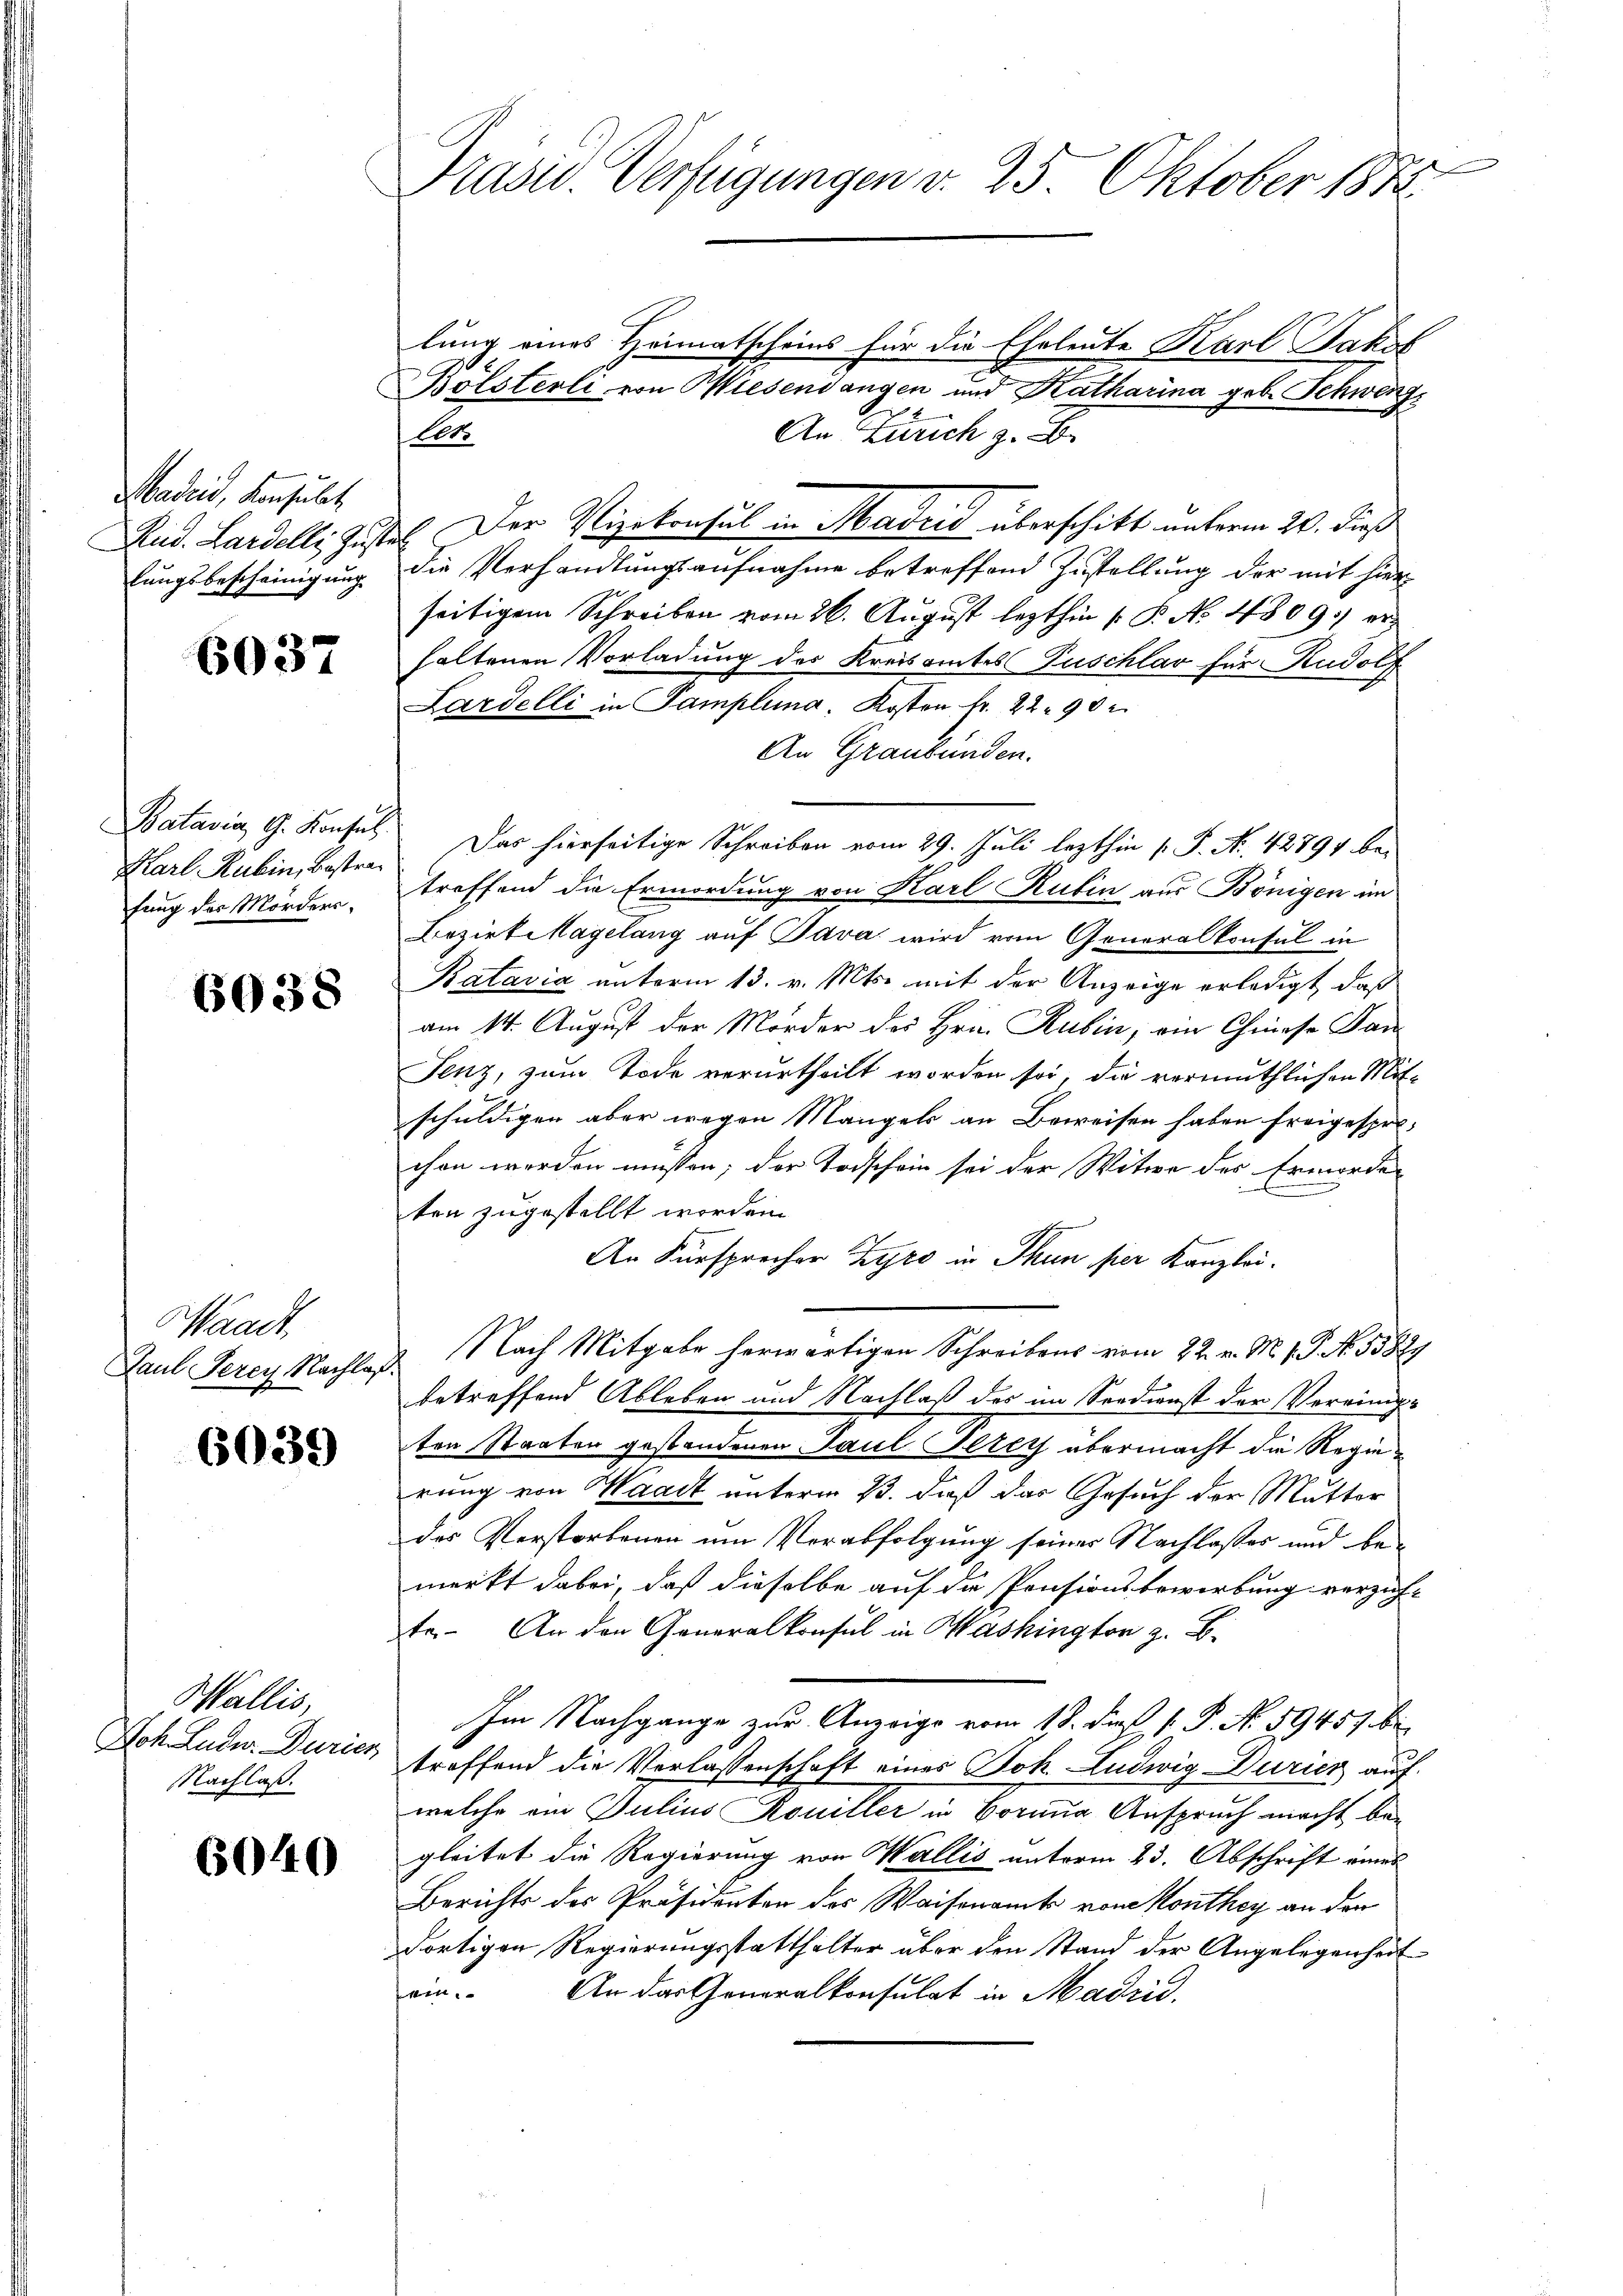
Madrid, Konsulat
Rud. Lardelli Zust
lungsbescheinigung

6037

Batavia, G. Konsul
Karl Rubin, Bestrafung des Morders¬

6038

aadt
Paul Perey Nachlaß

6039

Wallis,
Joh. Ludw. Durich
Nachlaß.

6040

Präsid. Verfügungen v. 25. Oktober 1882

lung eines Heimatscheins für die Eheleute Karl Sakof
Bölsterli von Wiesendangen und Katharina geb. Schweiz
An Zürich z. B.
llt.
E. Der Vizekonsul in Madrid überschikt unterm 20. dieß
die Verhandlungsaufnahme betreffend Zustellung der mit hierseitigem Schreiben vom 26. August lezthin 1. P. No. 4809 er
haltenen Vorladung des Kreisamtes Puschlav für Rudolf
Lardelli in Samplung, Kosten fr. 22. 90
An Graubünden.
Das hierseitige Schreiben vom 29. Juli lezthin 1 S. Nr. 42894 be-
treffend die Ermordung von Karl Rubin aus Bönigen im
Bezirkshagelang auf Java wird vom Generalkonsul in
Batavia unterm 13. v. Mts. mit der Anzeige erledigt, daß
am 14. August der Mörder des Hrn. Rubin, ein Chiese San
Jenz, zum Tode verurtheilt worden sei, die vermuthlichen Mitschuldigen aber wegen Mangels an Beweisen haben freigesprochen werden müssen; der Todschein sei der Witwe des Ermorde
ten zugestellt worden.
An Fürsprecher Tyro in Thun per Kanzlei-
Nach Mitgabe herwärtigen Schreibens vom 22. v. M. 18. No. 55829
betreffend Ableben und Nachlaß des im Seedienst der Verring-
ten Staaten gestandenen Paul Pallis übermacht die Regierung von Waadt unterm 13. daß das Gesuch der Mutter
des Verstorbenen um Verabfolgung seiner Nachlasses und bemerkt dabei, daß dieselbe auf die Pensionsbewerbung verzah-
te. An den Generalkonsul in Washington z. B.
Im Nachgange zur Anzeige vom 18. dieß P. No. 59457 bei
treffend die Verlassenschaft eines Joh. Ludwig Duricz auf
welche am Julius Rouiller in Vormia Anspruch macht begleitet die Regierung von Wallis unterm 23. Abschrift eines
Berichts des Präsidenten des Waisenamts von Monthey an der
dortigen Regierungsstatthalter über den Stand der Angelegenheit
ein. An das Generalkonsulat in Madrid.